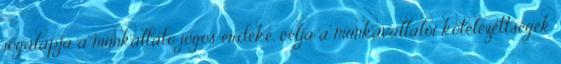
jogalapja a munkáltató jogos érdeke, célja a munkavállalói kötelezettségek